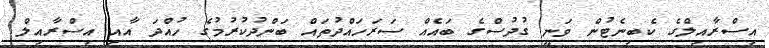
އިސްރާއިލްގެ ކެބިނެޓުން ވަނީ ގުދުސްގެ ބައެއް ސަރަހައްދުތައް ބަންދުކުރުމުގެ ހުއްދަ އާއި އިސްރާއިލް